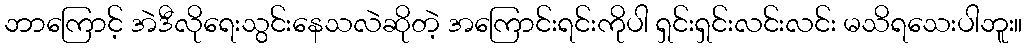
ဘာကြောင့် အဲဒီလိုရေးသွင်းနေသလဲဆိုတဲ့ အကြောင်းရင်းကိုပါ ရှင်းရှင်းလင်းလင်း မသိရသေးပါဘူး။